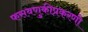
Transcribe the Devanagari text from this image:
फसवणुकीप्रकरणी